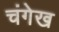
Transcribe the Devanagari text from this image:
चंगेख